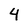
Character: 4